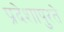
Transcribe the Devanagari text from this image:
प्रदेशापुरते